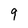
Character: 9